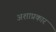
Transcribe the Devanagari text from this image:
अशाप्रकार